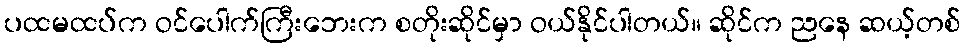
ပထမထပ်က ဝင်ပေါက်ကြီးဘေးက စတိုးဆိုင်မှာ ဝယ်နိုင်ပါတယ်။ ဆိုင်က ညနေ ဆယ့်တစ်